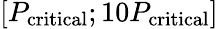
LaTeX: \left[P_{\mathrm{critical}};10P_{\mathrm{critical}}\right]